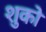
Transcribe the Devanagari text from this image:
शुको